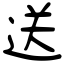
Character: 送